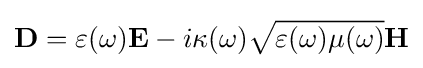
{\textbf {D}}=\varepsilon (\omega ){\textbf {E}}-i\kappa (\omega ){\sqrt {\varepsilon (\omega )\mu (\omega )}}{\textbf {H}}